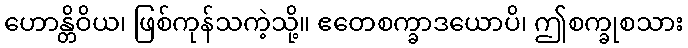
ဟောန္တိဝိယ၊ ဖြစ်ကုန်သကဲ့သို့။ ဧတေစက္ခာဒယောပိ၊ ဤစက္ခုစသား